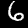
Digit: 6